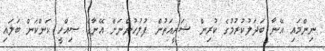
ނިންމައި އޭނާ ބަދަލުކުރުމުގެ ކުރިން ޝަރީއަތުން ފުލުހުންނަށް އޭނާގެ ސިއްހީ ކަންކަން ބަލައި